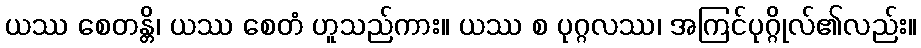
ယဿ စေတန္တိ၊ ယဿ စေတံ ဟူသည်ကား။ ယဿ စ ပုဂ္ဂလဿ၊ အကြင်ပုဂ္ဂိုလ်၏လည်း။